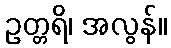
ဥတ္တရိ၊ အလွန်။